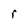
Character: r